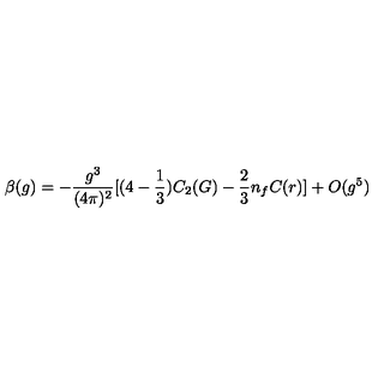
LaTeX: \beta ( g ) = - \frac { g ^ { 3 } } { ( 4 \pi ) ^ { 2 } } [ ( 4 - \frac { 1 } { 3 } ) C _ { 2 } ( G ) - \frac { 2 } { 3 } n _ { f } C ( r ) ] + O ( g ^ { 5 } )